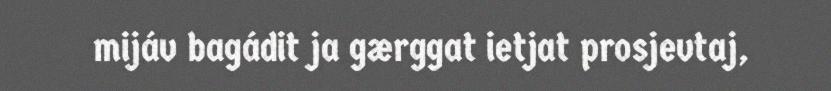
mijáv bagádit ja gærggat ietjat prosjevtaj,